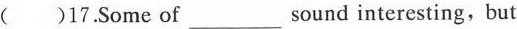
() 17.Some of ___ sound interesting, but